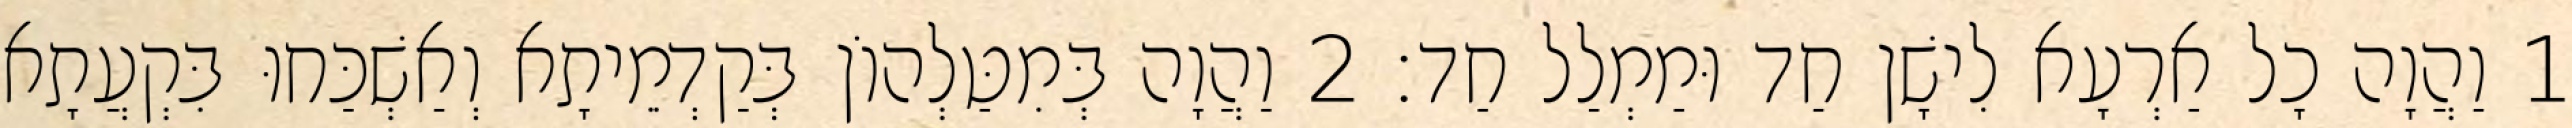
1 וַהֲוָה כָל אַרְעָא לִישָׁן חַד וּמַמְלַל חַד׃ 2 וַהֲוָה בְּמִטַּלְהוֹן בְּקַדְמֵיתָא וְאַשְׁכַּחוּ בִּקְעֲתָא